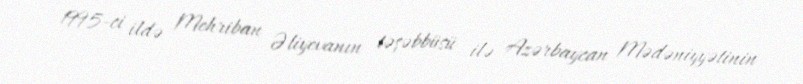
1995-ci ildə Mehriban Əliyevanın təşəbbüsü ilə Azərbaycan Mədəniyyətinin